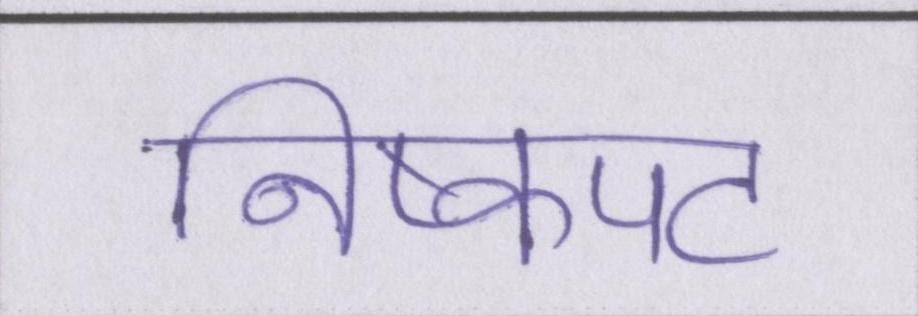
निष्कपट